Leaving Certificate Examination, 1907
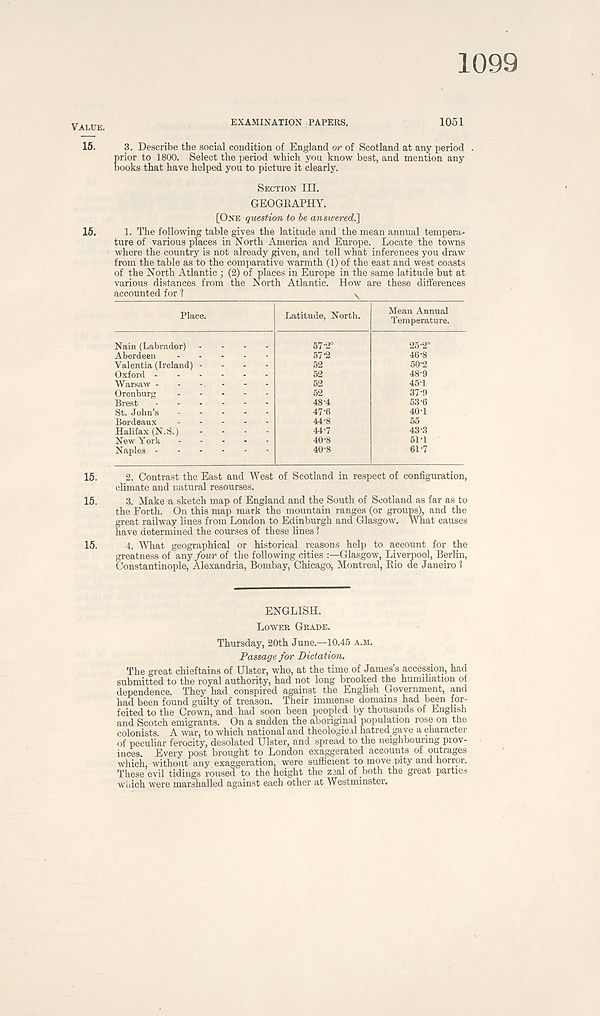
1099
VALUE.
15.
15.
15.
15.
15.
EXAMINATION PAPERS.
1051
3. Describe the social condition of England or of Scotland at any period .
prior to 1800. Select the period which you know best, and mention any
books that have helped you to picture it clearly.
SECTION III.
GEOGRAPHY.
[ONE question to be answered.]
1.
The following table gives the latitude and
ture of various places in North America and Europe. Locate the towns
where the country is not already given, and tell what inferences you draw
from the table as to the comparative warmth (1) of the east and west coasts
of the North Atlantic ; (2) of places in Europe in the same latitude but at
various distances from the North Atlantic. How are these differences
accounted for ?
\
Place.
Latitude, North.
Mean Annual
Temperature.
Nain (Labrador)
Aberdeen
Valentia (Ireland)
Oxford -
Warsaw -
Orenburg
Brest
St. John’s
Bordeaux
Halifax (N.S.)
New York
Naples -
57 ^
57-2
48-4
47-6
44-8
44-7
40-8
40-8
25 - 2°
46-8
50-
48-9
45T
37'9
53-6
40 T
55
43-3
51-
61-7
2. Contrast the East and West of Scotland in respect of configuration,
climate and natural resourses.
3. Make a sketch map of England and the South of Scotland as far as to
the Forth. On this map mark the mountain ranges (or groups), and the
great railway lines from London to Edinburgh and Glasgow. What causes
have determined the courses of these lines 1
4. What geographical or historical reasons help to account for the
greatness of
four of the following cities
Glasgow, Liverpool, Berlin,
Constantinople, Alexandria, Bombay, Chicago, Montreal, Rio de Janeiro ?
ENGLISH.
LOWER GRADE.
Thursday, 20th June.—10.45 A.M.
Passage for Dictation.
The great chieftains of Ulster, who, at the time of James’s accession, had.
submitted to the royal authority, had not long brooked the humiliation of
dependence. They had conspired against the English Government, and
had been found guilty of treason. Their immense domains had been for-
feited to the Crown, and had soon been peopled by thousands of English
and Scotch emigrants. On a sudden the aboriginal population rose on the
colonists. A war, to which national and theological hatred gave a character
of peculiar ferocity, desolated Ulster, and spread to the neighbouring prov-
inces. Every post brought to London exaggerated accounts of outrages
which, without any. exaggeration, were sufficient to move pity and horror.
These evil tidings roused to the height the zsal of both the great parties
which were marshalled against each other at Westminster.